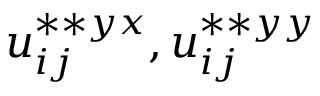
u _ { i j } ^ { \ast \ast { y x } } , u _ { i j } ^ { \ast \ast { y y } }